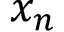
x _ { n }